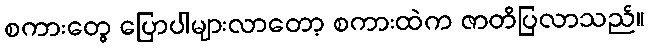
စကားတွေ ပြောပါများလာတော့ စကားထဲက ဇာတိပြလာသည်။